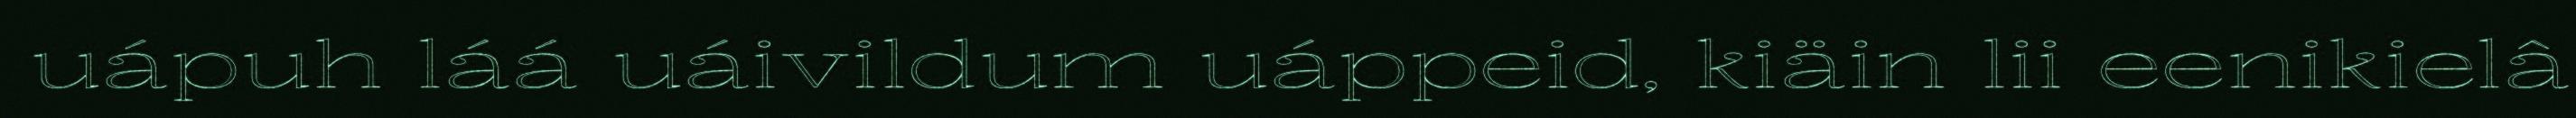
uápuh láá uáivildum uáppeid, kiäin lii eenikielâ